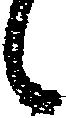
候